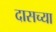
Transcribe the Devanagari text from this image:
दासच्या